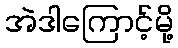
အဲဒါကြောင့်မို့